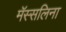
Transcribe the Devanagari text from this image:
मॅस्सलिना